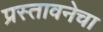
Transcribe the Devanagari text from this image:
प्रस्तावनेचा